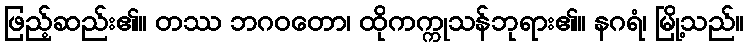
ဖြည့်ဆည်း၏။ တဿ ဘဂဝတော၊ ထိုကက္ကုသန်ဘုရား၏။ နဂရံ၊ မြို့သည်။